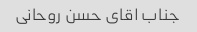
جناب اقای حسن روحانی